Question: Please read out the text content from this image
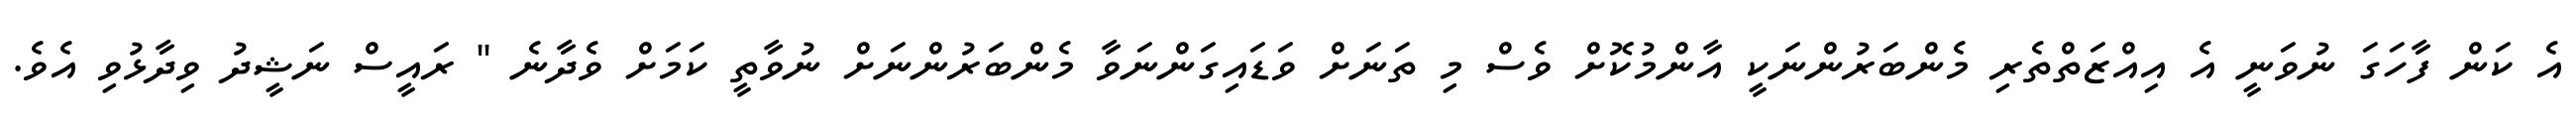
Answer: އެ ކަން ފާހަގަ ނުވަނީ އެ އިއްޒަތްތެރި މެންބަރުންނަކީ އާންމުކޮށް ވެސް މި ތަނަށް ވަޑައިގަންނަވާ މެންބަރުންނަށް ނުވާތީ ކަމަށް ވެދާނެ " ރައީސް ނަޝީދު ވިދާޅުވި އެވެ.